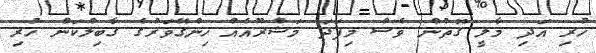
ހުރި އަދި މާލީ ގޮތުން ވެސް މިފަދަ މަޝްރޫއެއް ހިންގޭވަރުގެ ގާބިލްކަން ހުރި